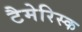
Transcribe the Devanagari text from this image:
टैमेरिस्क